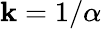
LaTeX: \mathbf{k}=1/\alpha